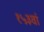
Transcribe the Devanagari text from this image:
१५३वां